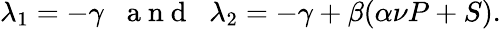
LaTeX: \lambda_{1}=-\gamma\; \; \mathrm{~a~n~d~}\; \; \lambda_{2}=-\gamma+\beta(\alpha\nu P+S).